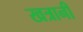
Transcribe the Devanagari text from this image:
खत्रानी